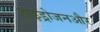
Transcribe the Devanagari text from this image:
हाइड्रोजनऔर